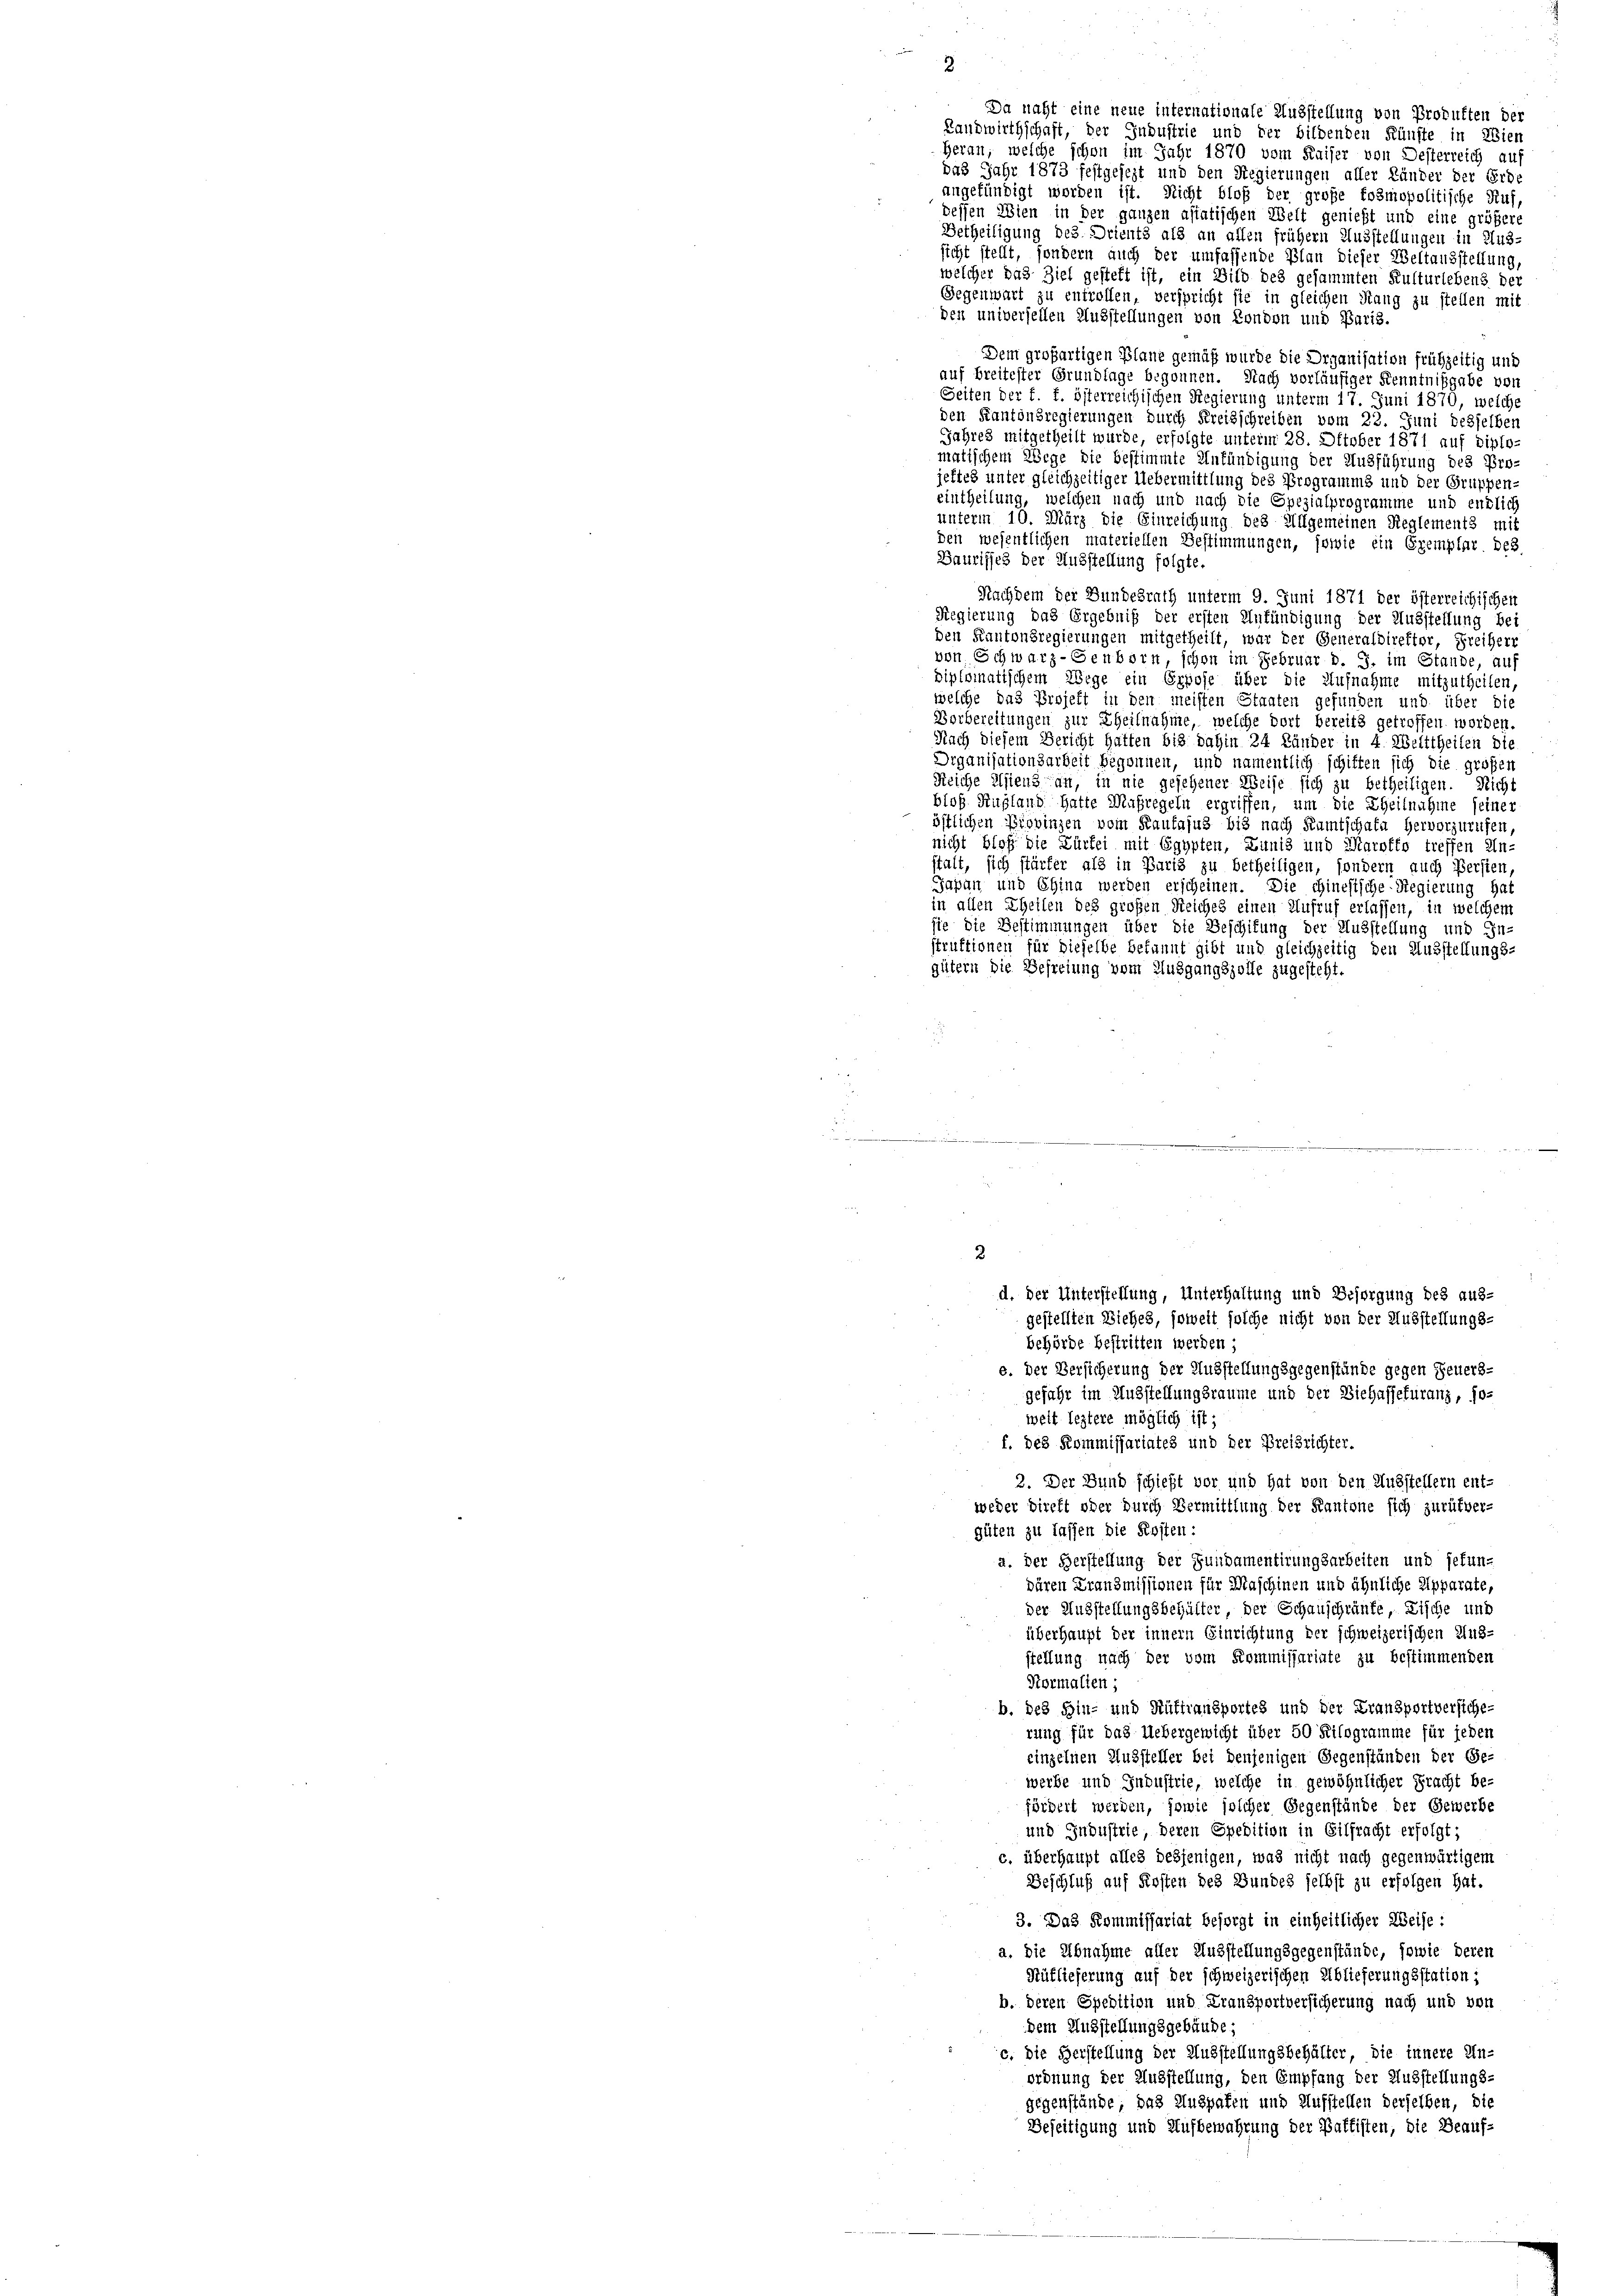
Betheiligung des Drients als an allen frühern Ausstellungen in Hus-
sicht stellt, sondern auch der umfassende Plan dieser Weltausstellung,
welcher das Ziel gesteht ist, ein Bild des gesammten Kulturlebens der
Gegenwart zu entrollen, verspricht sie in gleichen Stang zu stellen mit
den universellen Ausstellungen von London und Paris.
Dem großartigen Plane gemäß wurde die Organisation frühzeitig und
auf breitester Grundlage begonnen. Nach vorläufiger Kenntnißgabe von
Seiten der f. f. österreichischen Regierung unterm 17. Juni 1870, welche
den Kantonsregierungen durch Kreisschreiben vom 22. Juni desselben
Jahres mitgetheilt wurde, erfolgte unterm 28. Oktober 1871 auf diplo
matischem Wege die bestimmte Anfündigung der Ausführung des Pro-
jettes unter gleichzeitiger Uebermittlung des Programms und der Gruppen-
eintheilung, welchen nach und nach die Spezialprogramme und endlich
unterm 10. März die Einreichung des Allgemeinen Reglements mit
den wesentlichen materiellen Bestimmungen, sowie ein Exemplar des
Baurisses der Ausstellung folgte.
Nachdem der Bundesrath unterm 9. Juni 1871 der österreichischen
Regierung das Ergebniß der ersten Aufündigung der Ausstellung bei
den Kantonsregierungen mitgetheilt, war der Generaldirektor, Freiherr
von Schwarz-Genborn, schon im Februar v. J. im Stande, auf
diploinatischem Wege ein Erpose über die Aufnahme mitzutheilen,
welche das Projekt in den meisten Staaten gefunden und über die
Vorbereitungen zur Theilnahme, welche dort bereits getroffen worden.
Nach diesem Bericht hatten bis dahin 24 Länder in 4 Welttheilen die
Organisationsarbeit begonnen, und namentlich schiften sich die großen
Reiche Asiens an, in nie gesehener Weise sich zu betheiligen. Nicht
blos. Rußland hatte Maßregeln ergriffen, um die Theilnahme seiner
östlichen Provinzen vom Kaufajus bis nach Pumtschaft hervorzurufen,
nicht bloß die Zürfei mit Egypten, Lunis und Marotto treffen Un-
stalt, sich stärfer als in Paris zu betheiligen, sondern auch Bersten,
Japan und China werden erscheinen. Die chinesische Regierung hat
in allen Theilen des großen Reiches einen Aufruf erlassen, in welchem
sie die Bestimmungen über die Beschifung der Ausstellung und In-
struktionen für dieselbe bekannt gibt und gleichzeitig den Ausstellungs-
gütern die Befreiung vom Ausgangszolle zugesteht.
2
d. der Unterstellung, Unterhaltung und Besorgung des aus-
gestellten Siehes, soweit solche nicht von der Ausstellungs-
behörde bestritten werden;
s. Der Versicherung der Ausstellungsgegenstände gegen Feuers-
gefahr im Ausstellungsräume und der Biehassekuranz, so-
weit leztere möglich ist;
f. des Kommissariates und der Preisrichter.
2. Der Bund schieft vor und hat von den Ausstellern ent-
weder Direkt oder durch Vermittlung der Kantone sich zurükver-
güten zu laffen die Kosten:
a. der Herstellung der Fundamentirungsarbeiten und gefun-
dären Fransmissionen für Maschinen und ähnliche Apparate,
der Ausstellungsbehülter der Schauschränke, Fische und
überhaupt der innern Einrichtung der schweizerischen Aus-
stellung nach der vom Kommissariate zu bestimmenden
Normalien;
b. des Hin- und Hüttransportes und der Fransportverstehe-
rung für das Uebergewicht über 50 Kilogramme für jeden
einzelnen Aussteller bei denjenigen Gegenständen der Ge-
werbe und Industrie, welche in gewöhnlicher Fracht be-
fördert werden, sowie solcher Gegenstände der Gewerbe
und Jndustrie, deren Spedition in Eilfracht erfolgt;
c. überhaupt alles desjenigen, was nicht nach gegenwärtigem
Beschluß auf Kosten des Bundes selbst zu erfolgen hat.
3. Das Kommissariat besorgt in einheitlicher Weise:
a. Die Abnahme aller Ausstellungsgegenstände, sowie deren
Rüflieferung auf der schweizerischen Ablieferungsstation ;
b. deren Spedition und Fransportversicherung nach und von
dem Ausstellungsgebäude;
c, die Herstellung der Ausstellungsbehälter, die innere Un-
ordnung der Ausstellung, den Empfang der Ausstellungs-
gegenstände; das Auspaten und Aufstellen derselben, die
Beseitigung und Aufbewahrung der Battisten, die Beauf¬

Da nacht eine neue internationale Ausstellung von Produkten der
Landwirthschaft, der Industrie und der bildenden Künste in Wien
Heran, welche schon im Jahr 1870 vom Kaiser von Desterreich auf
das Jahr 1873 festgesezt und den Regierungen aller Länder der Erde
angefündigt worden ist. Nicht bloß der große fosmopolitische Ruf,
dessen Wien in der ganzen asiatischen Welt genießt und eine größere